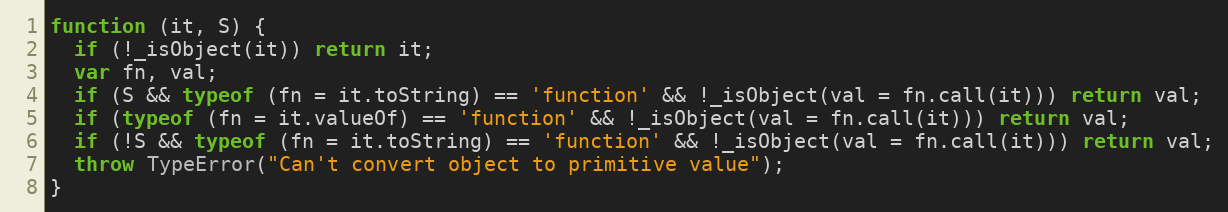
Language: JavaScript
function (it, S) {
  if (!_isObject(it)) return it;
  var fn, val;
  if (S && typeof (fn = it.toString) == 'function' && !_isObject(val = fn.call(it))) return val;
  if (typeof (fn = it.valueOf) == 'function' && !_isObject(val = fn.call(it))) return val;
  if (!S && typeof (fn = it.toString) == 'function' && !_isObject(val = fn.call(it))) return val;
  throw TypeError("Can't convert object to primitive value");
}